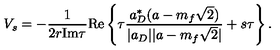
V _ { s } = - \frac { 1 } { 2 r \mathrm { I m } \tau } \mathrm { R e } \left\{ \tau \frac { a _ { D } ^ { * } ( a - m _ { f } \sqrt { 2 } ) } { | a _ { D } | | a - m _ { f } \sqrt { 2 } | } + s \tau \right\} .